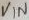
Text: VIN